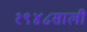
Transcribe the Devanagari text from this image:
१९४८साली